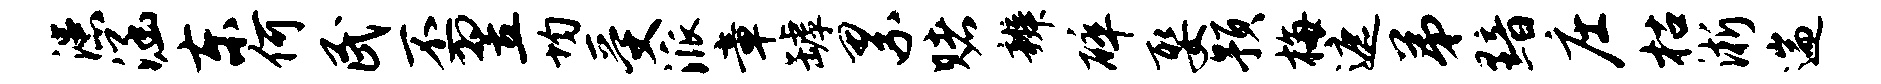
漶涵东何民丕翌均受派章罅累赌辨碎娶预梅遮弟黯庄枯淅遄